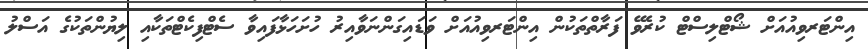
އިންޓަރވިއުއަށް ޝޯޓްލިސްޓް ކުރެވޭ ފަރާތްތަކުން އިންޓަރވިއުއަށް ވަޑައިގަންނަވާއިރު ހުށަހަޅާފައިވާ ސެޓްފިކެޓްތަކާއި ލިޔުންތަކުގެ އަސްލު